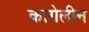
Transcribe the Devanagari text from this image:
कारोलीन